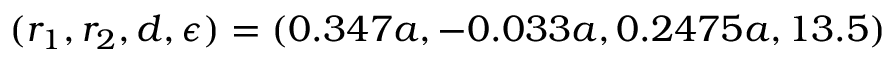
( r _ { 1 } , r _ { 2 } , d , \epsilon ) = ( 0 . 3 4 7 a , - 0 . 0 3 3 a , 0 . 2 4 7 5 a , 1 3 . 5 )